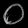
Digit: ၀